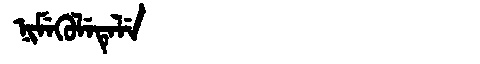
Manchu: ᠨᡳᠮᡝᡴᡠᠯᡝᡨᡝᠯᡝ
Romanization: NIMEKULETELE